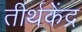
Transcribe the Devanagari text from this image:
तीर्थकेंद्र